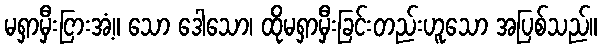
မရှာမှီးငြားအံ့။ သော ဒေါသော၊ ထိုမရှာမှီးခြင်းတည်းဟူသော အပြစ်သည်။